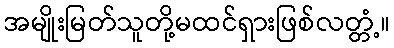
အမျိုးမြတ်သူတို့မထင်ရှားဖြစ်လတ္တံ့။